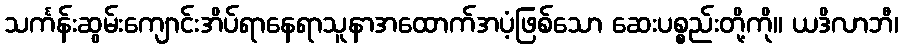
သင်္ကန်းဆွမ်းကျောင်းအိပ်ရာနေရာသူနာအထောက်အပံ့ဖြစ်သော ဆေးပစ္စည်းတို့ကို။ ယဒိလာဘီ၊